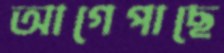
আগেপাছে